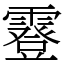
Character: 霯